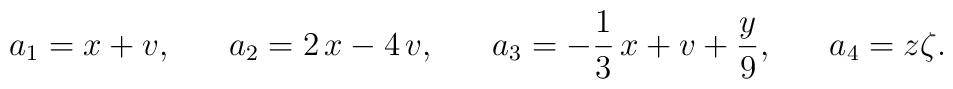
a_{1}=x+v,\,\,\,\,\,\,\,\,\,\,a_{2}=2\,x-4\,v,\,\,\,\,\,\,\,\,\,\,a_{3}=-\frac{1}{3}\,x+v+\frac{y}{9},\,\,\,\,\,\,\,\,\,\,a_{4}=z\zeta .